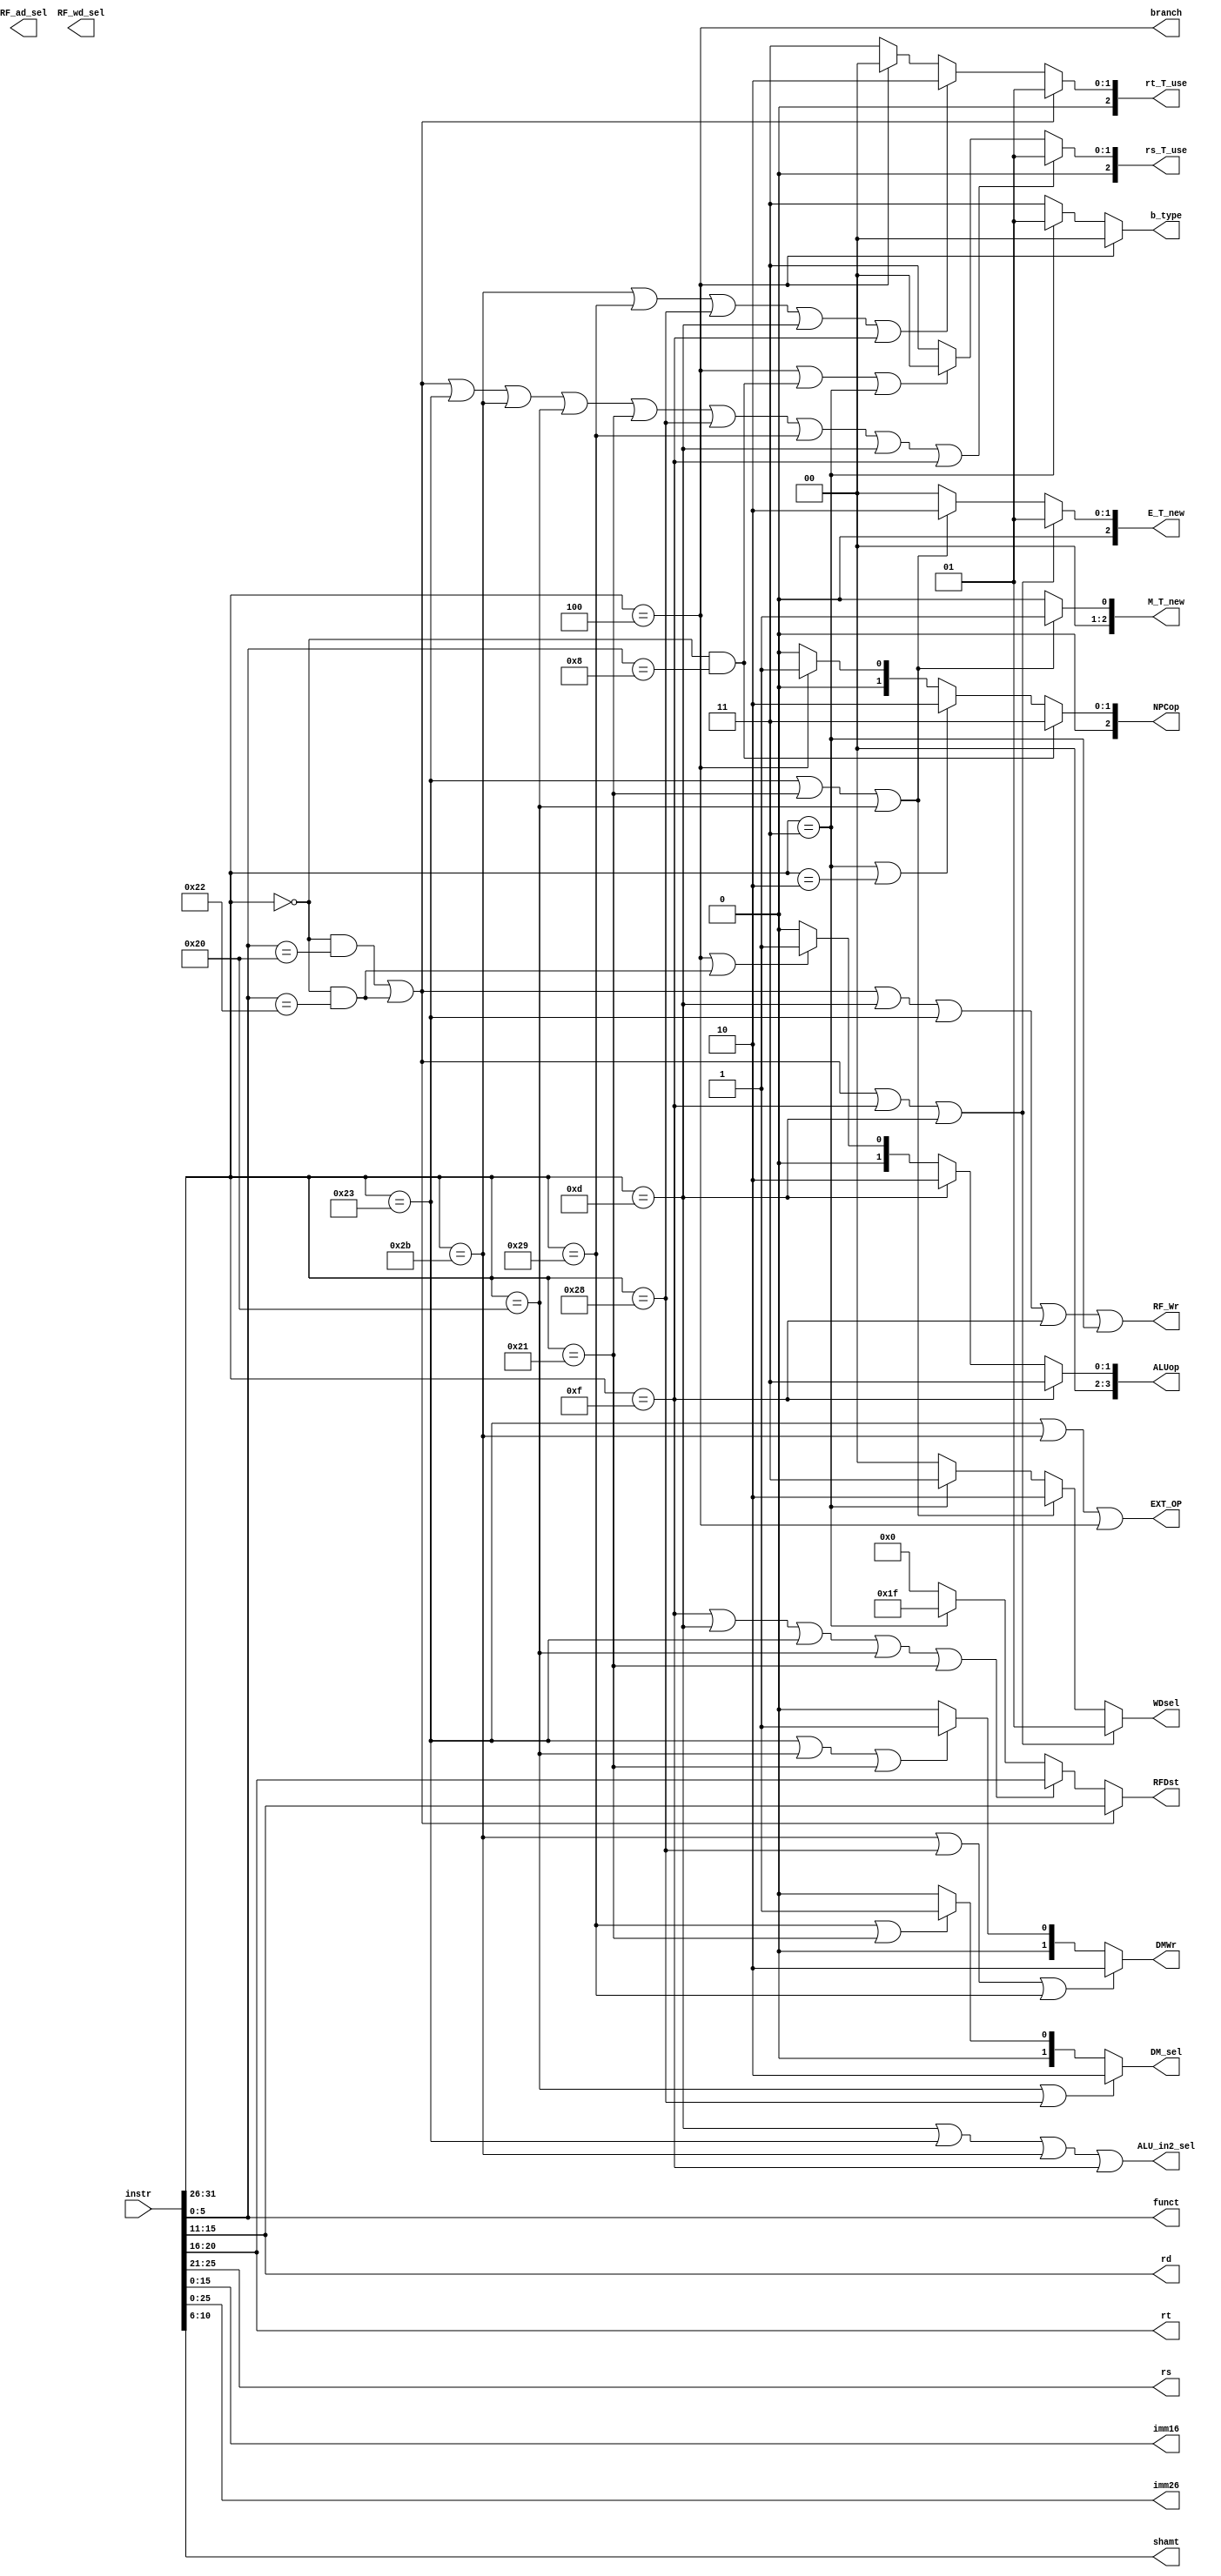
`timescale 1ns / 1ps
module CTRL(
    input [31:0] instr,
	 output [4:0] rd,
	 output [4:0] rt,
	 output [4:0] rs,
	 output [15:0] imm16,
	 output [25:0] imm26,
	 output [4:0] shamt,
	 output [5:0] funct,
	 output [1:0] DMWr,
	 output [1:0] DM_sel,
	 output EXT_OP,
	 output RF_Wr,
	 output [1:0] RF_ad_sel,
	 output [1:0] RF_wd_sel,
	 output ALU_in2_sel,
	 output [3:0] ALUop,
	 output [2:0] rs_T_use,
	 output [2:0] rt_T_use,
	 output [2:0] E_T_new,
	 output [2:0] M_T_new,
	 output [1:0] WDsel,
	 output [4:0] RFDst,
	 output branch,
	 output [1:0] b_type,
	 output [2:0] NPCop
	 );
	 wire [5:0]opcode;
	 wire special,add,sub,jr,jal,j,lb,lh,lw,sb,sh,sw,ori,lui,beq;
	 assign opcode = {instr[31:26]};
	 assign rs = {instr[25:21]};
	 assign rt = {instr[20:16]};
	 assign rd = {instr[15:11]};
	 assign shamt = {instr[10:6]};
	 assign funct = {instr[5:0]};
	 assign imm16 = {instr[15:0]};
	 assign imm26 = {instr[25:0]};
	 assign special = (opcode == 6'b000000);
	 assign add = (special && funct == 6'b100000);
	 assign sub = (special && funct == 6'b100010);
	 assign jr = (special && funct == 6'b001000);
	 assign ori = (opcode == 6'b001101);
	 assign lw = (opcode == 6'b100011);
	 assign sw = (opcode == 6'b101011);
	 assign beq = (opcode == 6'b000100);
	 assign lui = (opcode == 6'b001111);
	 assign j = (opcode == 6'b000010);
	 assign jal = (opcode == 6'b000011);
	 assign lb = (opcode == 6'b100000);
	 assign lh = (opcode == 6'b100001);
	 assign sb = (opcode == 6'b101000);
	 assign sh = (opcode == 6'b101001);
	 assign DMWr = (sw | sb | sh )?2'b10:
	               (lw | lb | lh )?2'b01:
						2'b00;
	 assign DM_sel = (lb | sb)?2'b10:
	                (sh | lh)?2'b01:
						 2'b00;
	 assign NPCop = (jr)?3'b011:
	                (jal | j)?3'b010:
						 (beq)?3'b001:
						  3'b000;
	 assign RF_Wr = (add | sub | ori | lw | lui | jal);
	 assign EXT_OP = (lw | sw | beq);
	 assign ALU_in2_sel = (ori | lw | sw | lui);
	 assign ALUop = (lui)?4'b011:
	                (ori)?4'b010:
						 (beq | sub)?4'b001:
						 4'b000;
	assign rs_T_use = (add | sub | lw | sw | lb | lh | sb | sh | ori | lui)?3'b001:
	               (beq | jr | jal)?3'b000:
			 			3'b011;
	assign rt_T_use = ( add | sub )?3'b001:
	                  (sw | sh | sb | ori | lui)?3'b010:
	                  ( beq )?3'b000:
							3'b011;
	assign E_T_new = (add | sub | lui | ori)?3'b001:
	                 ( lw | lh | lb )?3'b010:
						  3'b000;
	assign M_T_new = (lw | lh | lb )?3'b001:
	                 3'b000;
	
	assign WDsel = (add | sub | lui | ori )?2'b01:
	               (lw | lh | lb )?2'b10:
						(jal)?2'b11:
						2'b00;
	assign RFDst = (add | sub)?rd:
	               (lui | ori | lw | lb | lh)?rt:
						( jal )?5'd31:
						5'd0;
	assign branch = (beq );
	assign b_type = (beq)?2'b00:
	                (jal)?2'b01:
						 2'b11;
	
endmodule